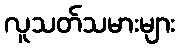
လူသတ်သမားများ